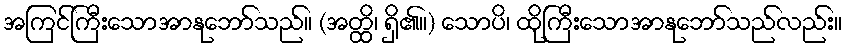
အကြင်ကြီးသောအာနုဘော်သည်။ (အတ္ထိ၊ ရှိ၏။) သောပိ၊ ထိုကြီးသောအာနုဘော်သည်လည်း။